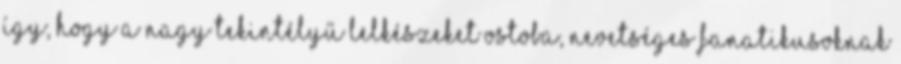
így, hogy a nagy tekintélyű lelkészeket ostoba, nevetséges fanatikusoknak